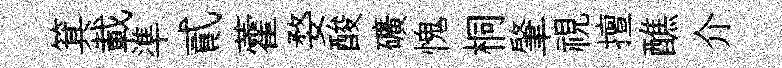
箕載準貳藿婺酸礦愧桐肇視擅醮介